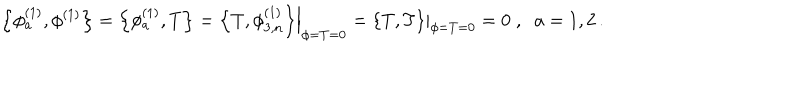
LaTeX: \left\{ \phi _ { a } ^ { ( 1 ) } , \phi ^ { ( 1 ) } \right\} = \left\{ \phi _ { a } ^ { ( 1 ) } , T \right\} = \left. \left\{ T , \phi _ { 3 , n } ^ { ( 1 ) } \right\} \right| _ { \phi = T = 0 } = \left. \left\{ T , T \right\} \right| _ { \phi = T = 0 } = 0 \; , \; \; a = 1 , 2 \, .